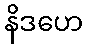
နိဒဟေ